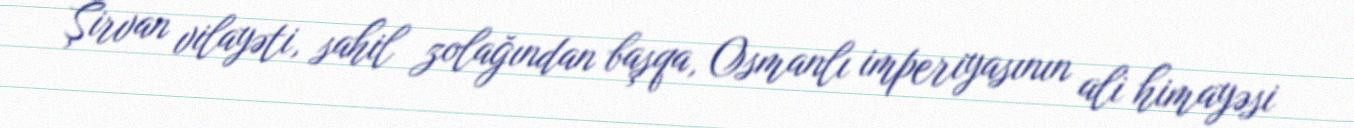
Şirvan vilayəti, sahil zolağından başqa, Osmanlı imperiyasının ali himayəsi